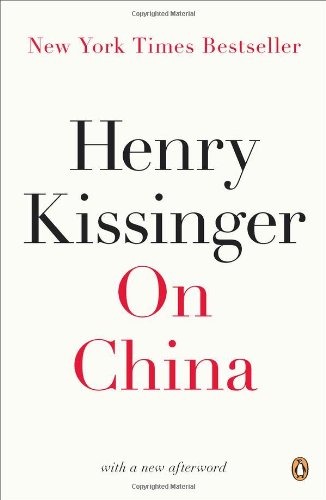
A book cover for On China; Henry Kissinger; History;